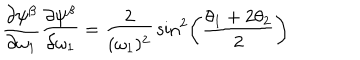
LaTeX: { \frac { \partial \psi ^ { \beta } } { \partial \omega _ { 1 } } } { \frac { \partial \psi ^ { \beta } } { \partial \omega _ { 1 } } } = { \frac { 2 } { ( \omega _ { 1 } ) ^ { 2 } } } \sin ^ { 2 } \left( { \frac { \theta _ { 1 } + 2 \theta _ { 2 } } { 2 } } \right)